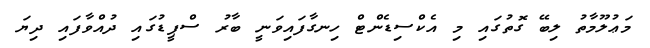
މަޢުލޫމާތު ލިބޭ ގޮތުގައި މި އެކްސިޑެންޓް ހިނގާފައިވަނީ ބާރު ސްޕީޑުގައި ދުއްވާފައި ދިޔަ